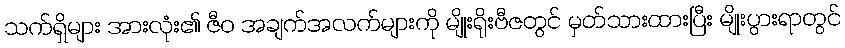
သက်ရှိများ အားလုံး၏ ဇီဝ အချက်အလက်များကို မျိုးရိုးဗီဇတွင် မှတ်သားထားပြီး မျိုးပွားရာတွင်